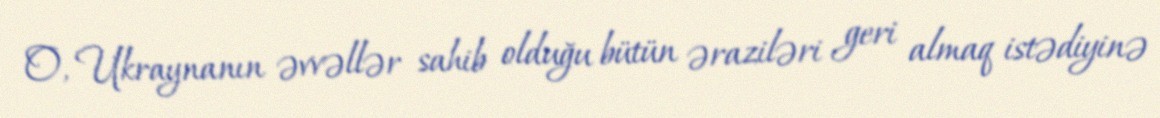
O, Ukraynanın əvvəllər sahib olduğu bütün əraziləri geri almaq istədiyinə